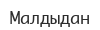
Малдыдан